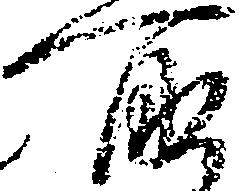
所